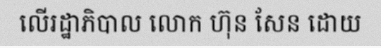
លើរដ្ឋាភិបាល លោក ហ៊ុន សែន ដោយ